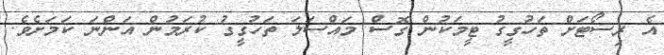
އެ ރިސޯޓަށް ތަހުގީގު ޓީމަކުން ގޮސް މައްސަލަ ތަހުގީގު ކުރަމުން އަންނަ ކަމަށެވެ.